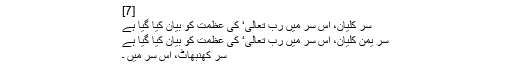
[7]
سر کلیان، اس سر میں رب تعالی‘ کی عظمت کو بیان کیا گیا ہے
سر یمن کلیان، اس سر میں رب تعالی‘ کی عظمت کو بیان کیا گیا ہے
سر کھنبھاٹ، اس سر میں ۔